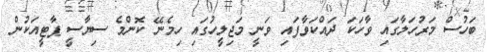
ބަހުސް މަރުހަލާގައި ވާހަކަ ދައްކަވާފައި ވަނީ މަޖިލީހުގައި ހިމެނޭ ކޮންމެ ސިޔާސީ ޕާޓީއަކުން